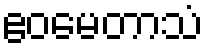
ဧဝမေတာသံ